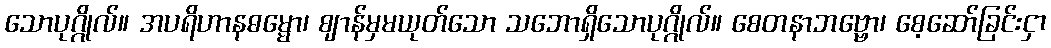
သောပုဂ္ဂိုလ်။ အပရိဟာနဓမ္မော၊ ဈာန်မှမယုတ်သော သဘောရှိသောပုဂ္ဂိုလ်။ စေတနာဘဗ္ဗော၊ စေ့ဆော်ခြင်းငှာ